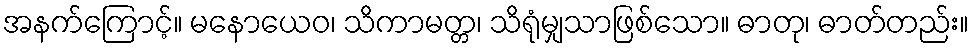
အနက်ကြောင့်။ မနောယေဝ၊ သိကာမတ္တ၊ သိရုံမျှသာဖြစ်သော။ ဓာတု၊ ဓာတ်တည်း။